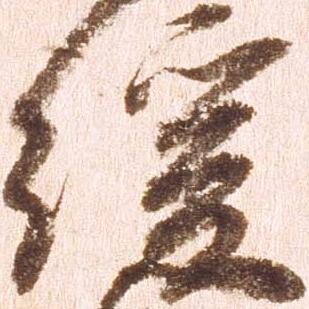
緩